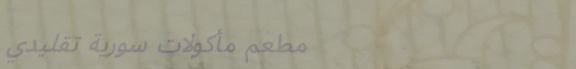
مطعم مأكولات سورية تقليدي